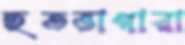
হতভাগারা